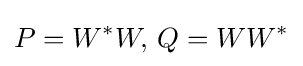
P=W^{*}W,\,Q=WW^{*}